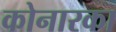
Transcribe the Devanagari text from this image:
कोनारका